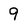
Character: 9